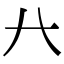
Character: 𠔀